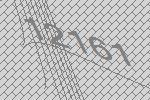
12161